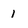
Character: 1